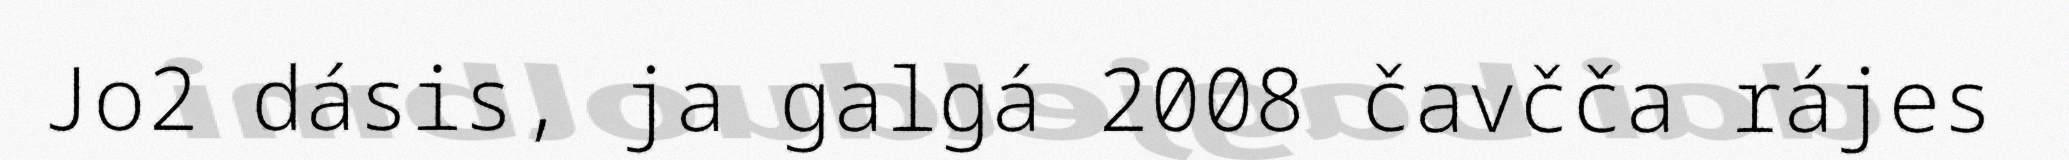
Jo2 dásis, ja galgá 2008 čavčča rájes